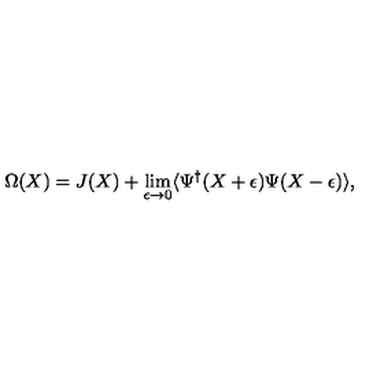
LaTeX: \Omega ( X ) = J ( X ) + \lim _ { \epsilon \rightarrow 0 } \langle \Psi ^ { \dagger } ( X + \epsilon ) \Psi ( X - \epsilon ) \rangle ,